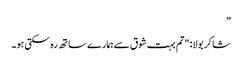
”
شاکر بولا: "تم بہت شوق سے ہمارے ساتھ رہ سکتی ہو۔